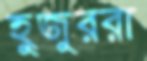
হুজুররা